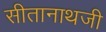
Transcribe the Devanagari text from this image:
सीतानाथजी